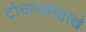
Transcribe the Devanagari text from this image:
टोचल्यासारखे